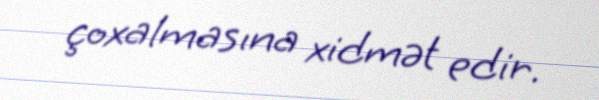
çoxalmasına xidmət edir.